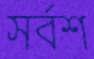
সর্বশ